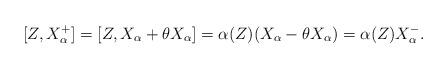
LaTeX: \begin{align*}\lbrack Z,X_{\alpha }^{+}]=[Z,X_{\alpha }+\theta X_{\alpha }]=\alpha(Z)(X_{\alpha }-\theta X_{\alpha })=\alpha (Z)X_{\alpha }^{-}. \end{align*}